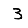
Digit: 3